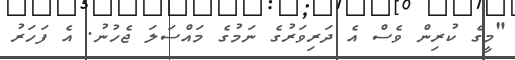
"މީގެ ކުރިން ވެސް އެ ދަރިވަރުގެ ނަމުގެ މައްސަލަ ޖެހުނު. އެ ފަހަރު